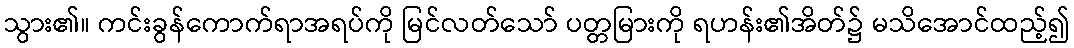
သွား၏။ ကင်းခွန်ကောက်ရာအရပ်ကို မြင်လတ်သော် ပတ္တမြားကို ရဟန်း၏အိတ်၌ မသိအောင်ထည့်၍